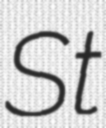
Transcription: St